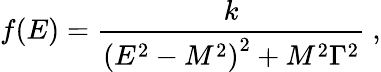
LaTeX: f(E)={\frac{k}{\left(E^{2}-M^{2}\right)^{2}+M^{2}\Gamma^{2}}}~,